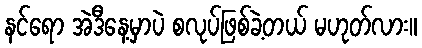
နင်ရော အဲဒီနေ့မှာပဲ စလုပ်ဖြစ်ခဲ့တယ် မဟုတ်လား။